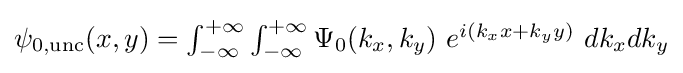
{\textstyle \psi _{0,{\text{unc}}}(x,y)=\int _{-\infty }^{+\infty }\int _{-\infty }^{+\infty }\Psi _{0}(k_{x},k_{y})~e^{i(k_{x}x+k_{y}y)}~dk_{x}dk_{y}}